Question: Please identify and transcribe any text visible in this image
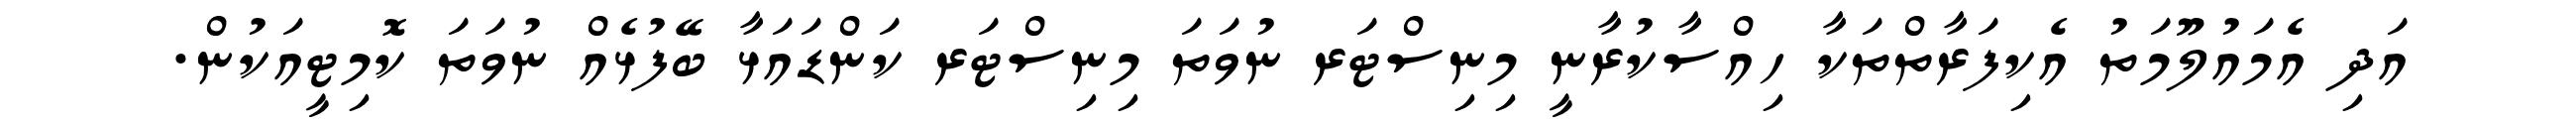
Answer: އަދި އެމައުލޫމަތު އެކިފަރާތްތަކާ ހިއްސާކުރާނީ މިނިސްޓަރ ނުވަތަ މިނިސްޓަރ ކަންޑައަޅާ ބޭފުޅެއް ނުވަތަ ކޮމިޓީއަކުން.